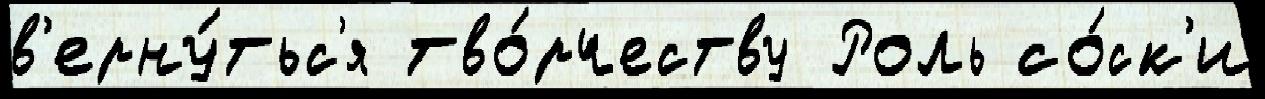
в'ерну́тьс'я тво́рчеству Роль со́ск'и